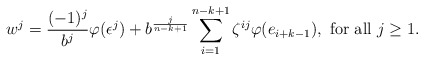
\begin{align*}w^j=\frac{(-1)^j}{b^j}\varphi(\epsilon^j)+b^{\frac{j}{n-k+1}}\sum_{i=1}^{n-k+1}\zeta^{ij}\varphi(e_{i+k-1}),\ \mbox{for all } j\geq 1.\end{align*}